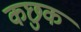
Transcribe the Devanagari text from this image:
कछुक